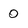
Character: 0